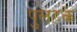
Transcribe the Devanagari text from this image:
पुलहके